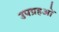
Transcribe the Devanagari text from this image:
उपग्रहओं